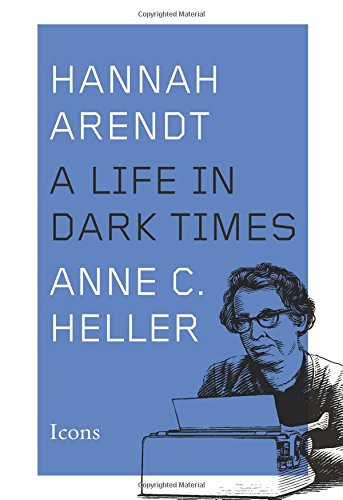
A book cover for Hannah Arendt: A Life in Dark Times (Icons); Anne C. Heller; Biographies & Memoirs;